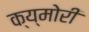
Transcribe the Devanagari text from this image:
क्य्मोरी